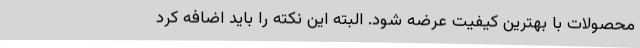
محصولات با بهترین کیفیت عرضه شود. البته این نکته را باید اضافه کرد